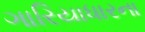
ગારિયાધારના